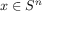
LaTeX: x \in S ^ { n }